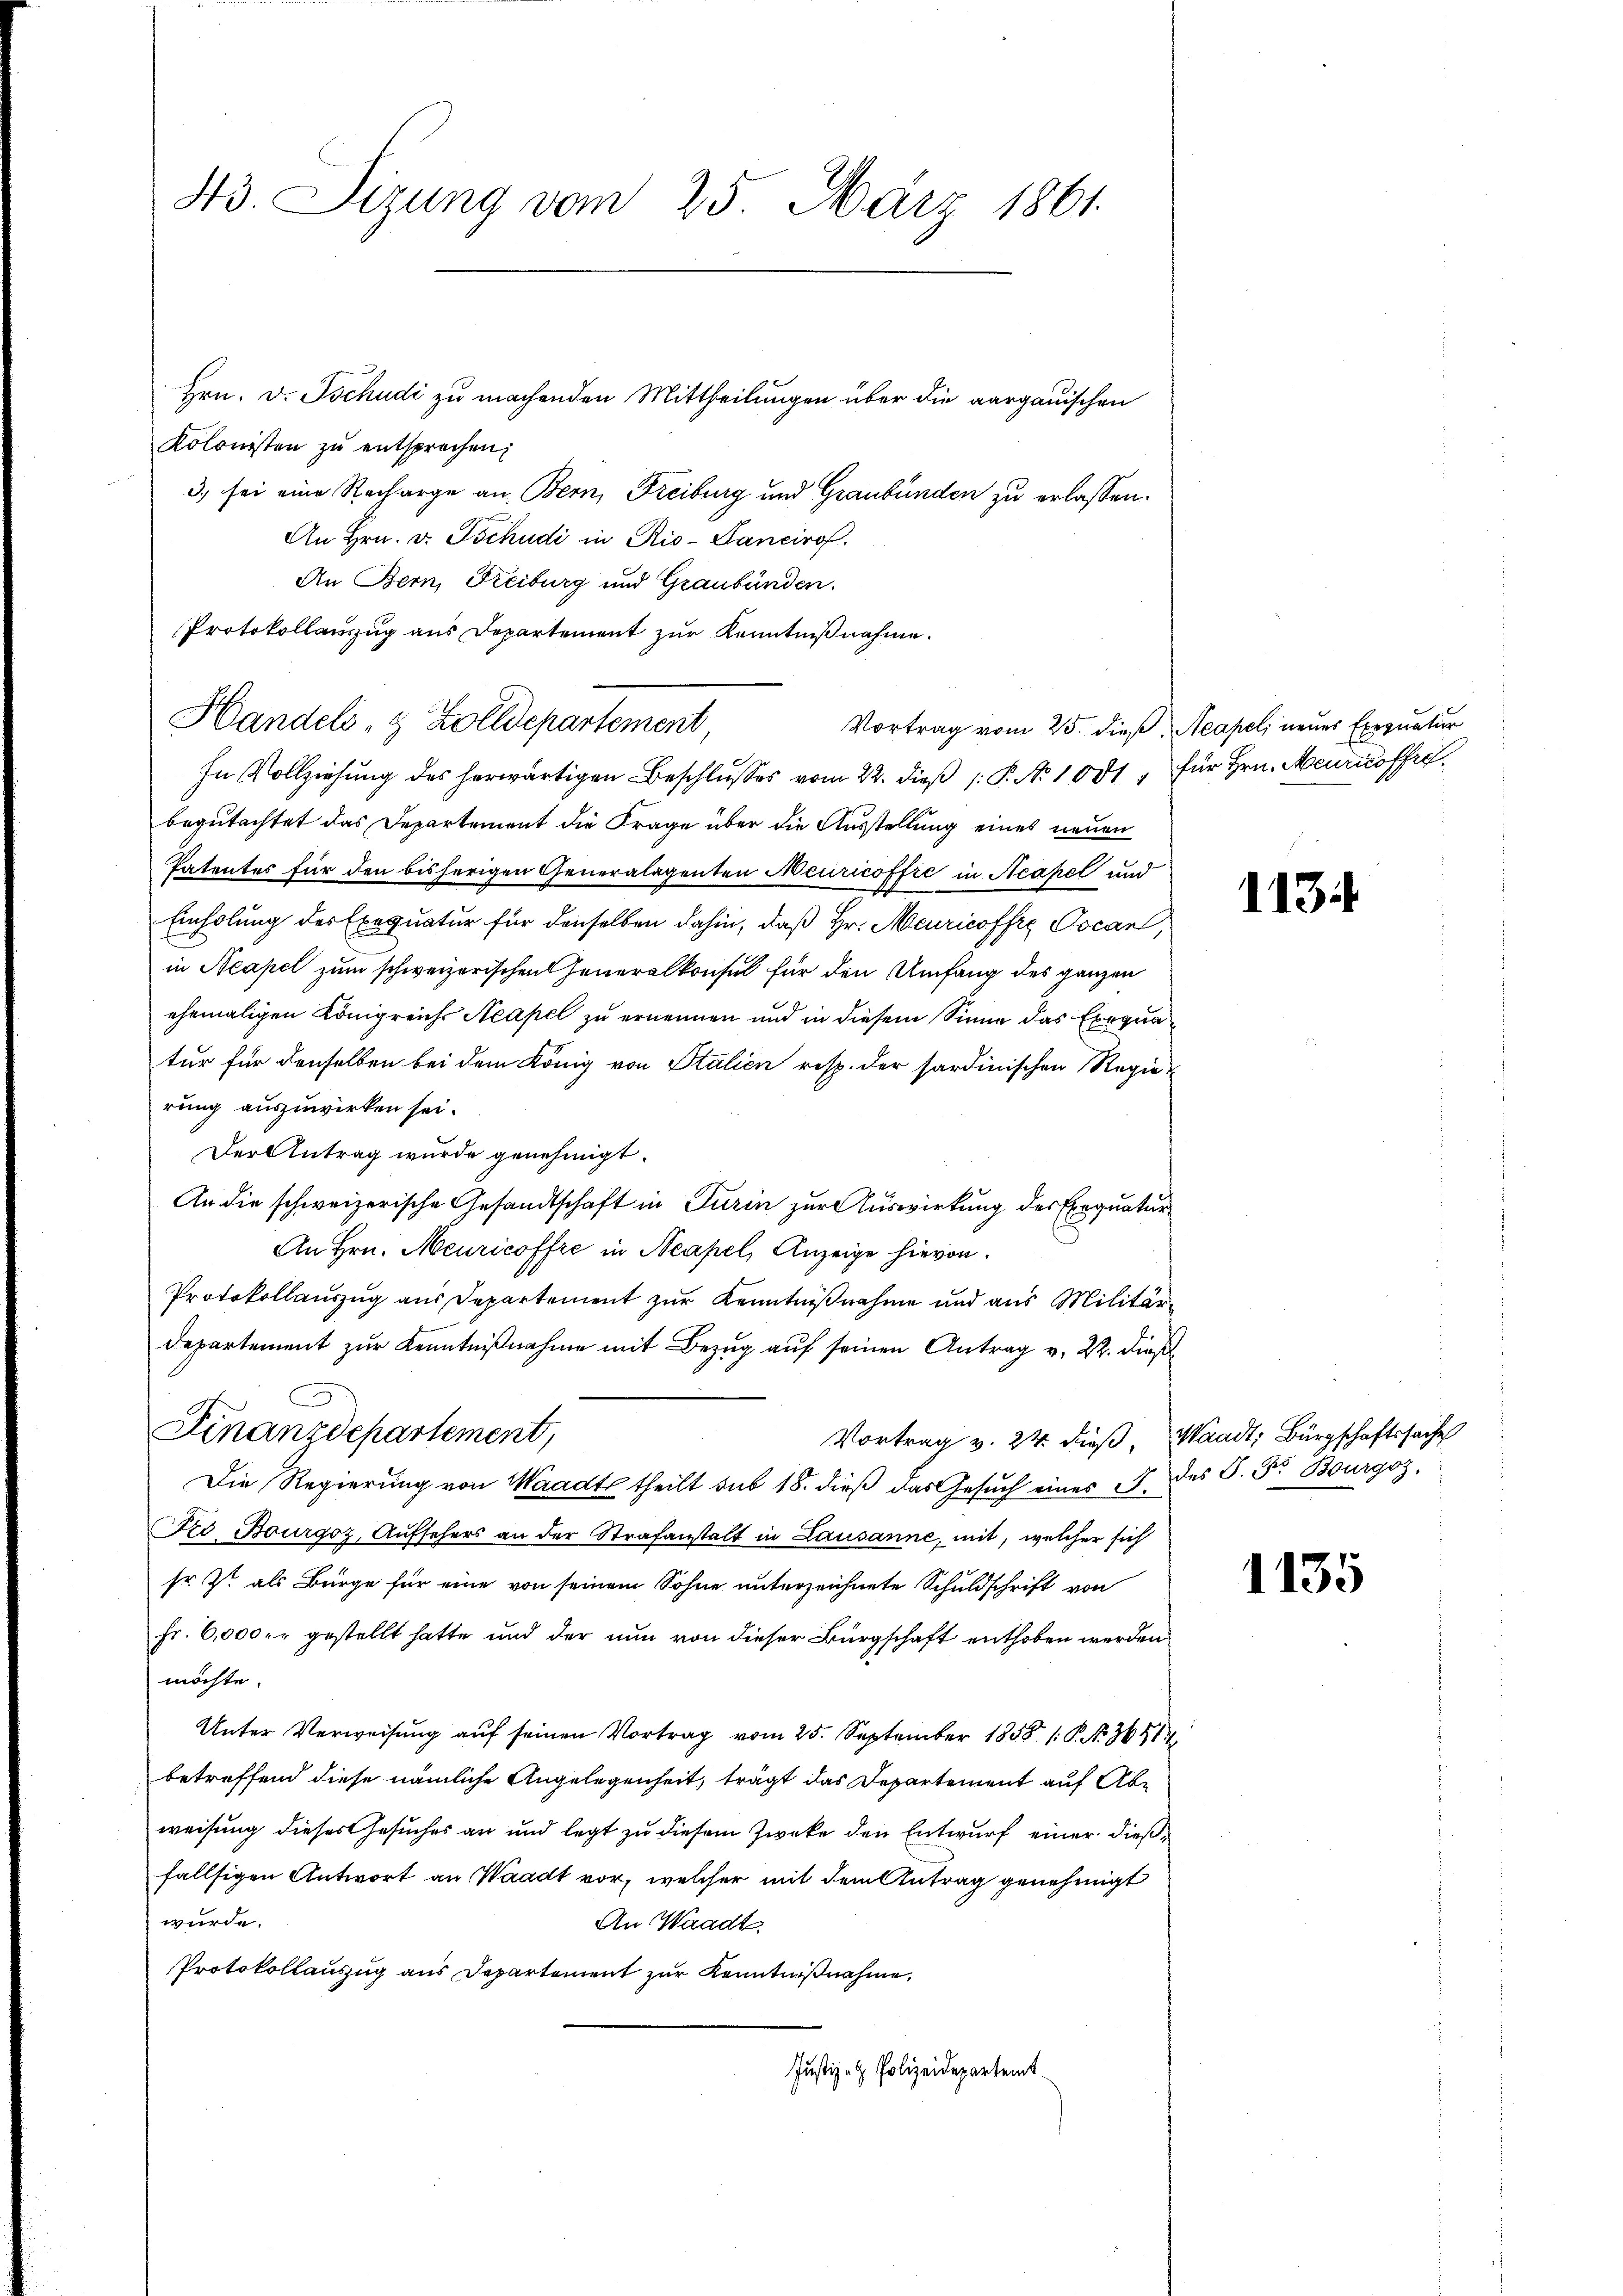
43. Sizung vom 25. März 1861.

Hrn. v. Tschudi zu machenden Mittheilungen über die aargauischen
Kolonisten zu entsprechen,
3. sei eine Recharge an Bern, Freiburg und Graubünden zu erlassen.
An Hrn. v. Tschudi in Rio- Sancirof.
An Bern, Freiburg und Graubünden.
Protokollanzug aus Departement zur Kenntnißnahme.
Handels- & Zolldepartement
In Vollziehung des herwärtigen Beschlŭsses vom 22. dieβ p. P. No. 1001, für Hrn. Meuricoffrebegutachtet das Departement die Frage über die Ausstellung eines neuen
Tatentes für den bisherigen Generalagenten Neuricoffre in Neapel und
Einholung des Exequatur für denselben dahin, daß Hr. Meuricoffre Pocan,
in Neapel zum schweizerischen Generalkonsul für den Umfang des ganzen
ehemaligen Königreichs Acapel zu ernennen und in diesem Sinne das Exequatur für denselben bei dem König von Stalien resp. der sardinischen Regierung auszuwirken sei.
Der Antrag wurde genehmigt.
An die schweizerische Gesandtschaft in Turin zur Auswirkung des Exequatur
An Hrn. Meuricoffre in Neapel, Anzeige hievon.
Protokollauszug aus Departement zur Kenntnißnahme und aus Militärdepartement zŭr Kenntniβnahme mit Bezug auf seinen Antrag v. 22. dieß
Finanzdepartement,
Vortrag v. 24. dieß, Waadt, Bürgschaftssache
Die Regierung von Waadt theilt sub 18. dieß das Gesuch eines J. des S. Fr. Bourgoz,
Fro Bourgoz, Aufsehers an der Strafanstalt in Lausanne, mit, welcher sich
sr. Zt. als Bürge für eine von seinem Sohne unterzeichnete Schuldschrift von
Fr. 6,000 er gestellt hatte und der nun von dieser Bürgschaft enthoben werden
möchte.
Unter Verweisŭng aŭf seinen Vortrag vom 25. September 1858 /: P. Nr. 36814.
betreffend diese nämliche Angelegenheit, trägt das Departement auf Abweisung dieses Gesuches an und legt zu diesem Zwecke den Entwurf einer dießfallsigen Antwort an Waadt vor, welcher mit dem Antrag genehmigt
würde.
An Waadt.
Protokollauszug aus Departement zur Kenntnißnahme,
Justiz- & Polizeidepartemt

Vortrag vom 25. dieß, Aeapel neues Exequatur

113.

1135